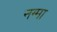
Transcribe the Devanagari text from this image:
नग्मा